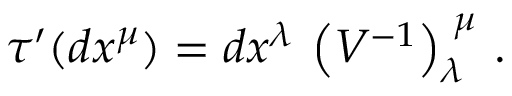
\tau ^ { \prime } ( d x ^ { \mu } ) = { } d x ^ { \lambda } \, \left( V ^ { - 1 } \right) _ { \lambda } ^ { \, \, \mu } \, .